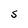
Character: S